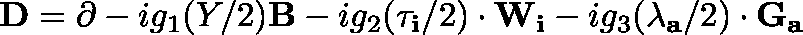
\mathbf { D } = \mathbf { \partial } - i g _ { 1 } ( Y / 2 ) \mathbf { B } - i g _ { 2 } ( \mathbf { \tau _ { i } } / 2 ) \cdot \mathbf { W _ { i } } - i g _ { 3 } ( \mathbf { \lambda _ { a } } / 2 ) \cdot \mathbf { G _ { a } }